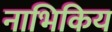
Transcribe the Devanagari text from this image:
नाभिकिय